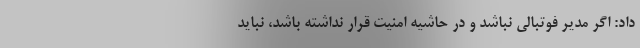
داد:‌ اگر مدیر فوتبالی نباشد و در حاشیه امنیت قرار نداشته باشد، نباید